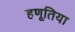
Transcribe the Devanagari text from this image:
हणूतिया